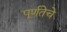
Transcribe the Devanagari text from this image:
पूर्णतेचे